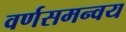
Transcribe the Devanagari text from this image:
वर्णसमन्वय